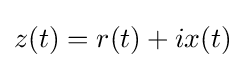
z(t)=r(t)+ix(t)